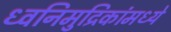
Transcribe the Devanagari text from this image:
ध्वनिमुद्रिकांमध्ये